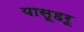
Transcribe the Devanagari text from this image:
यासूहरू